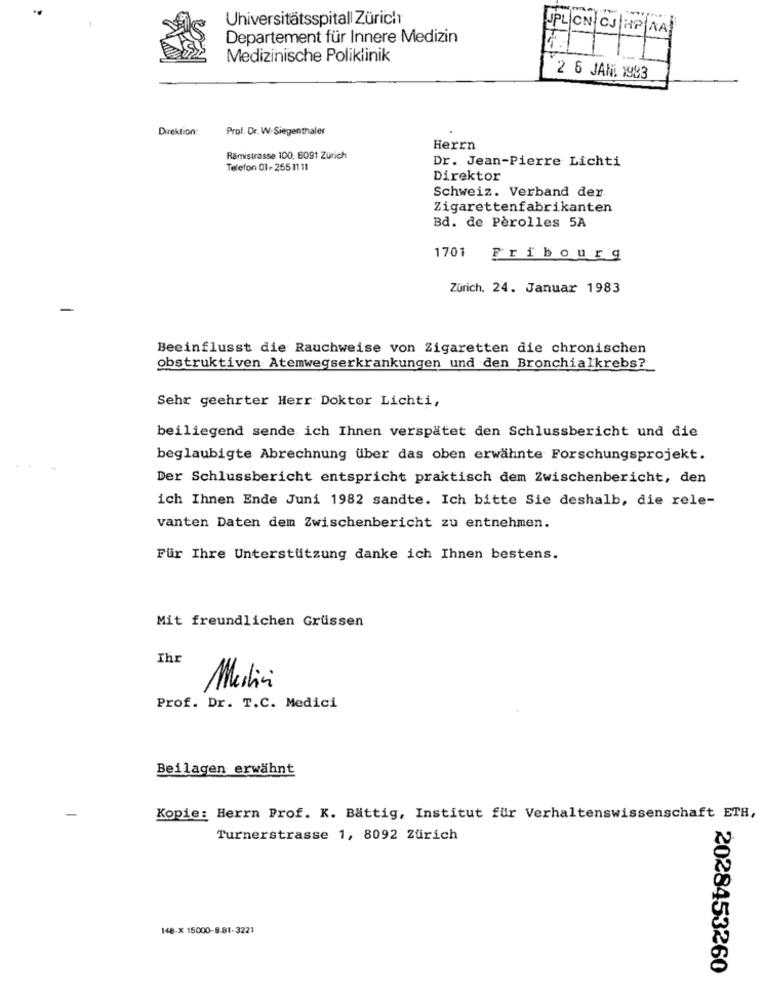
--
Universitätsspitall Zürich
JPLON CJ HP NA
Departement für Innere Medizin
Medizinische Poliklinik
2 6 JAN: 1983
Direktion:
Prof. Dr. W.Siegenthaler
Herrn
Ramistrasse 100, 8091 Zürich
Dr. Jean-Pierre Lichti
Telefon 01- 255 11 11
Direktor
Schweiz. Verband der
Zigarettenfabrikanten
Bd. de Pèrolles 5A
1701
Fribourg
Zürich. 24. Januar 1983
Beeinflusst die Rauchweise von Zigaretten die chronischen
obstruktiven Atemwegserkrankungen und den Bronchialkrebs?
Sehr geehrter Herr Doktor Lichti,
beiliegend sende ich Ihnen verspätet den Schlussbericht und die
beglaubigte Abrechnung über das oben erwähnte Forschungsprojekt.
Der Schlussbericht entspricht praktisch dem Zwischenbericht, den
ich Ihnen Ende Juni 1982 sandte. Ich bitte Sie deshalb, die rele-
vanten Daten dem Zwischenbericht zu entnehmen.
Für Ihre Unterstützung danke ich Ihnen bestens.
Mit freundlichen Grüssen
Ihr
Merlini
Prof. Dr. T.C. Medici
Beilagen erwähnt
Kopie: Herrn Prof. K. Battig, Institut für Verhaltenswissenschaft ETH,
Turnerstrasse 1, 8092 Zürich
148-X 15000-8.81-3221
2028453260